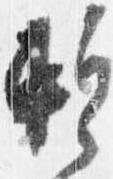
蹔